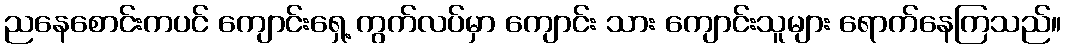
ညနေစောင်းကပင် ကျောင်းရှေ့ ကွက်လပ်မှာ ကျောင်း သား ကျောင်းသူများ ရောက်နေကြသည်။